Annual report on the working of the Harcourt Butler Institute of Public Health, Rangoon
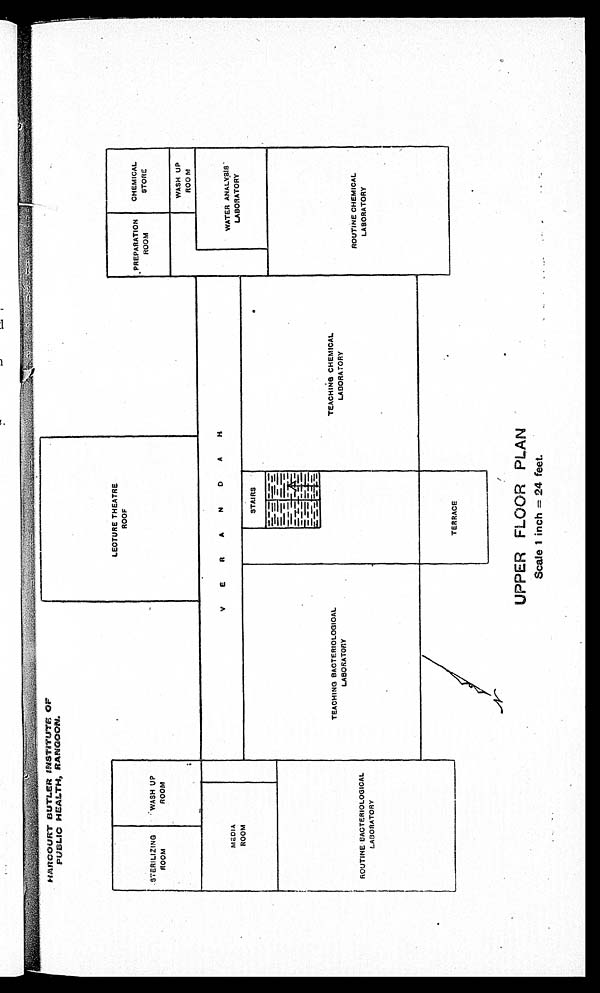
HAROURT BUTLER INSTITUTE OF
PUBLIC HEALTH, RANGOON.
UPPER FLOOR P AN
Scale 1 inch=24 feet.